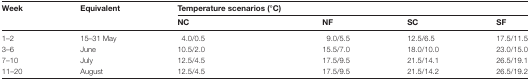
| <ROWSPAN=2> Week | <ROWSPAN=2> Equivalent | Temperature scenarios (°C) |  |  |  |
 | NC | NF | SC | SF |
 | --- | --- | --- | --- | --- | --- |
 | 1–2 | 15–31 May | 4.0/0.5 | 9.0/5.5 | 12.5/6.5 | 17.5/11.5 |
 | 3–6 | June | 10.5/2.0 | 15.5/7.0 | 18.0/10.0 | 23.0/15.0 |
 | 7–10 | July | 12.5/4.5 | 17.5/9.5 | 21.5/14.1 | 26.5/19.1 |
 | 11–20 | August | 12.5/4.5 | 17.5/9.5 | 21.5/14.2 | 26.5/19.2 |